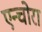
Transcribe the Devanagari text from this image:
एन्चोरा